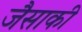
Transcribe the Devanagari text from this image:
जैसाकी